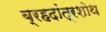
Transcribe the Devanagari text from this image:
ब्रहदांत्रशोथ